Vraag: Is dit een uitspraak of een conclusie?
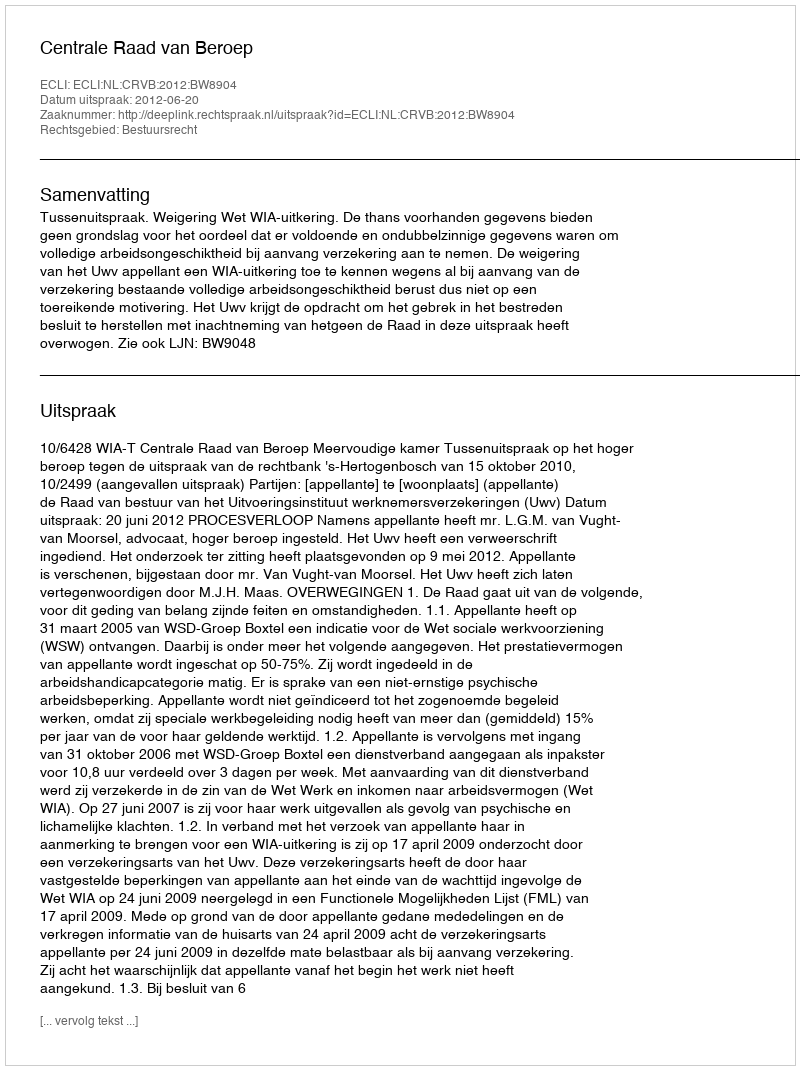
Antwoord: Uitspraak